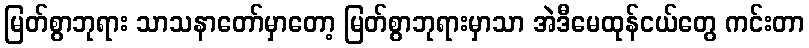
မြတ်စွာဘုရား သာသနာတော်မှာတော့ မြတ်စွာဘုရားမှာသာ အဲဒီမေထုန်ငယ်တွေ ကင်းတာ